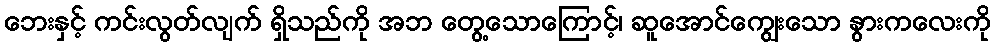
ဘေးနှင့် ကင်းလွတ်လျက် ရှိသည်ကို အဘ တွေ့သောကြောင့်၊ ဆူအောင်ကျွေးသော နွားကလေးကို